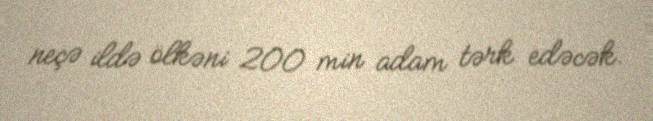
neçə ildə ölkəni 200 min adam tərk edəcək.